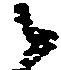
候